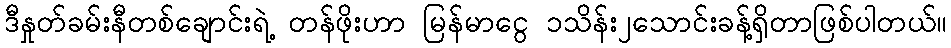
ဒီနှုတ်ခမ်းနီတစ်ချောင်းရဲ့ တန်ဖိုးဟာ မြန်မာငွေ ၁သိန်း၂သောင်းခန့်ရှိတာဖြစ်ပါတယ်။